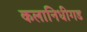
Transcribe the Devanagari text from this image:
कलानिधीगड